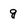
Character: g